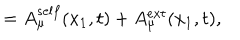
= A _ { \mu } ^ { s e l f } ( x _ { 1 } , t ) + A _ { \mu } ^ { e x t } ( x _ { 1 } , t ) ,